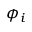
\phi _ { i }